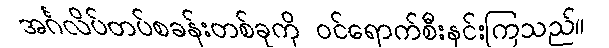
အင်္ဂလိပ်တပ်စခန်းတစ်ခုကို ဝင်ရောက်စီးနင်းကြသည်။